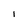
Character: i